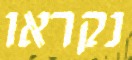
נקראו